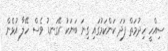
ސިއްހީ ހިދުމަތް ފަދަ ކަންކަމުގައި ގިނަ ބަޔަކު ރޭގަނޑު ވެސް ހޭލާ އުޅެން